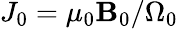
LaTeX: J_{0}=\mu_{0}\mathbf{B}_{0}/\Omega_{0}